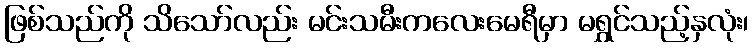
ဖြစ်သည်ကို သိသော်လည်း မင်းသမီးကလေးမေရီမှာ မရွှင်သည့်နှလုံး၊